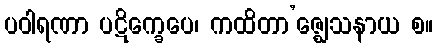
ပဝါရဏာ ပဋိက္ခေပေ၊ ကထိတာ’ဇ္ဈေသနာယ စ။